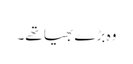
وہ بڑے بھیا تھے۔